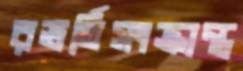
রভর্তিসংক্রান্ত